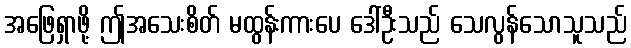
အဖြေရှာဖို့ ဤအသေးစိတ် မထွန်းကားပေ ဒေါ်ဦးသည် သေလွန်သောသူသည်